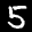
Label: 5